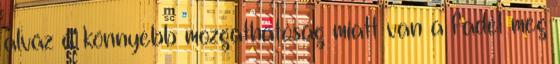
alváz a könnyebb mozgathatóság miatt van a fadél meg